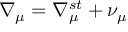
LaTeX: \nabla _ { \mu } = \nabla _ { \mu } ^ { s t } + \nu _ { \mu }